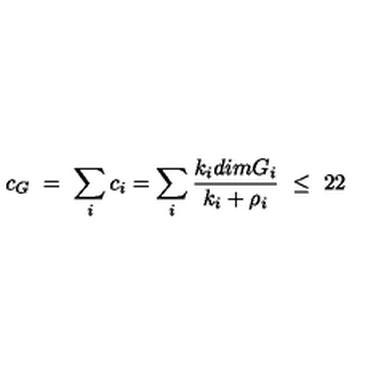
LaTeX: c _ { G } \ = \ \sum _ { i } c _ { i } = \sum _ { i } { \frac { k _ { i } d i m G _ { i } } { k _ { i } + \rho _ { i } } } \ \leq \ 2 2